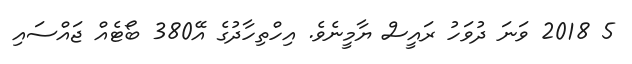
5 2018 ވަނަ ދުވަހު ރައީސް ޔާމީނެވެ. އިހްތިހާދުގެ އޭ380 ބޯޓެއް ޖައްސައި